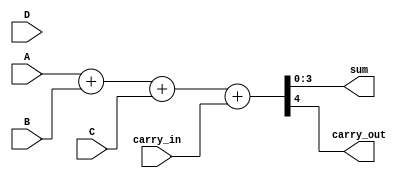
module ModifiedCarrySaveAdder #(parameter WIDTH = 4, parameter NUM_INPUTS = 3) (
    input  [WIDTH-1:0] A, 
    input  [WIDTH-1:0] B, 
    input  [WIDTH-1:0] C,
    input  [WIDTH-1:0] D, // Add more inputs as needed
    input  carry_in,
    output [WIDTH-1:0] sum,
    output carry_out
);

    // Internal wires for partial sums and carries
    wire [WIDTH-1:0] partial_sum [0:NUM_INPUTS-1];
    wire [NUM_INPUTS-1:0] carry;

    // Generate partial sums and carries
    genvar i, j;
    generate
        for (i = 0; i < NUM_INPUTS; i = i + 1) begin : gen_partial_sums
            if (i == 0) begin
                assign partial_sum[i] = A;
            end else if (i == 1) begin
                assign {carry[i-1], partial_sum[i]} = A + B;
            end else if (i == 2) begin
                assign {carry[i-1], partial_sum[i]} = partial_sum[i-1] + C;
            end else if (i == 3) begin
                assign {carry[i-1], partial_sum[i]} = partial_sum[i-1] + D;
            end
            // Add more operands as needed
        end
    endgenerate

    // Final carry save addition
    wire [WIDTH-1:0] final_sum;
    wire final_carry;

    // Combine the last partial sum with carry
    assign {final_carry, final_sum} = partial_sum[NUM_INPUTS-1] + carry_in;

    // Output the final sum and carry out
    assign sum = final_sum;
    assign carry_out = final_carry;

endmodule